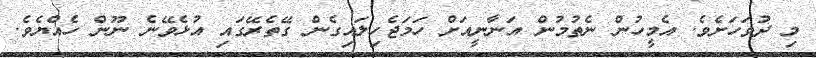
މި ދުވަހަށެވެ. އެމީހުން ނެތުމުން އަނާނީއަށް ހަމަޖެހިލައިގެން ގޭތެރޭގައި އުޅެވޭނެ ނޫން ހެއްޔެވެ.